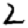
Digit: 2